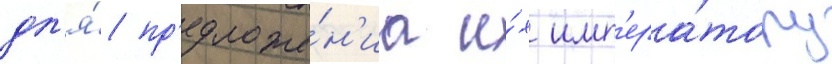
дл'я́ пр'едложе́н'иа и́х имп'ера́тору